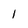
Character: l